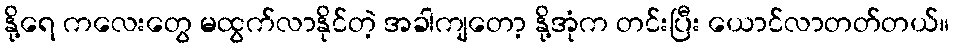
နို့ရေ ကလေးတွေ မထွက်လာနိုင်တဲ့ အခါကျတော့ နို့အုံက တင်းပြီး ယောင်လာတတ်တယ်။